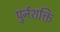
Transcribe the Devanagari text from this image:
पुर्नशक्ति